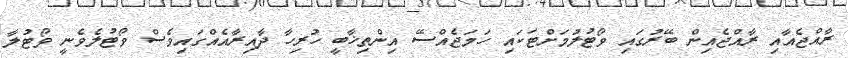
ރާއްޖެއާއި ރާއްޖެއިން ބޭރުގައި ވޯޓުލުމަށްޓަކައި ހަމަޖެއްސޭ އިންތިޚާބީ ހުރިހާ ދާއިރާއެއްގައިވެސް ވޯޓުލެވެނީ ވޯޓުލާ